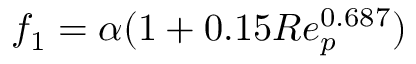
f _ { 1 } = \alpha ( 1 + 0 . 1 5 R e _ { p } ^ { 0 . 6 8 7 } )